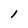
Character: l